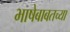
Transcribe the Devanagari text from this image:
भाषेबाबतच्या